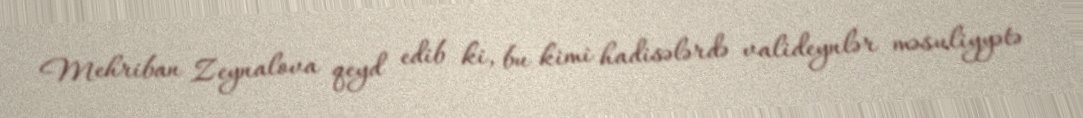
Mehriban Zeynalova qeyd edib ki, bu kimi hadisələrdə valideynlər məsuliyyətə